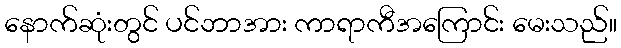
နောက်ဆုံးတွင် ပင်ဘာအား ကာရာကီအကြောင်း မေးသည်။